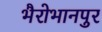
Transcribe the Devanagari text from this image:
भैरोभानपुर